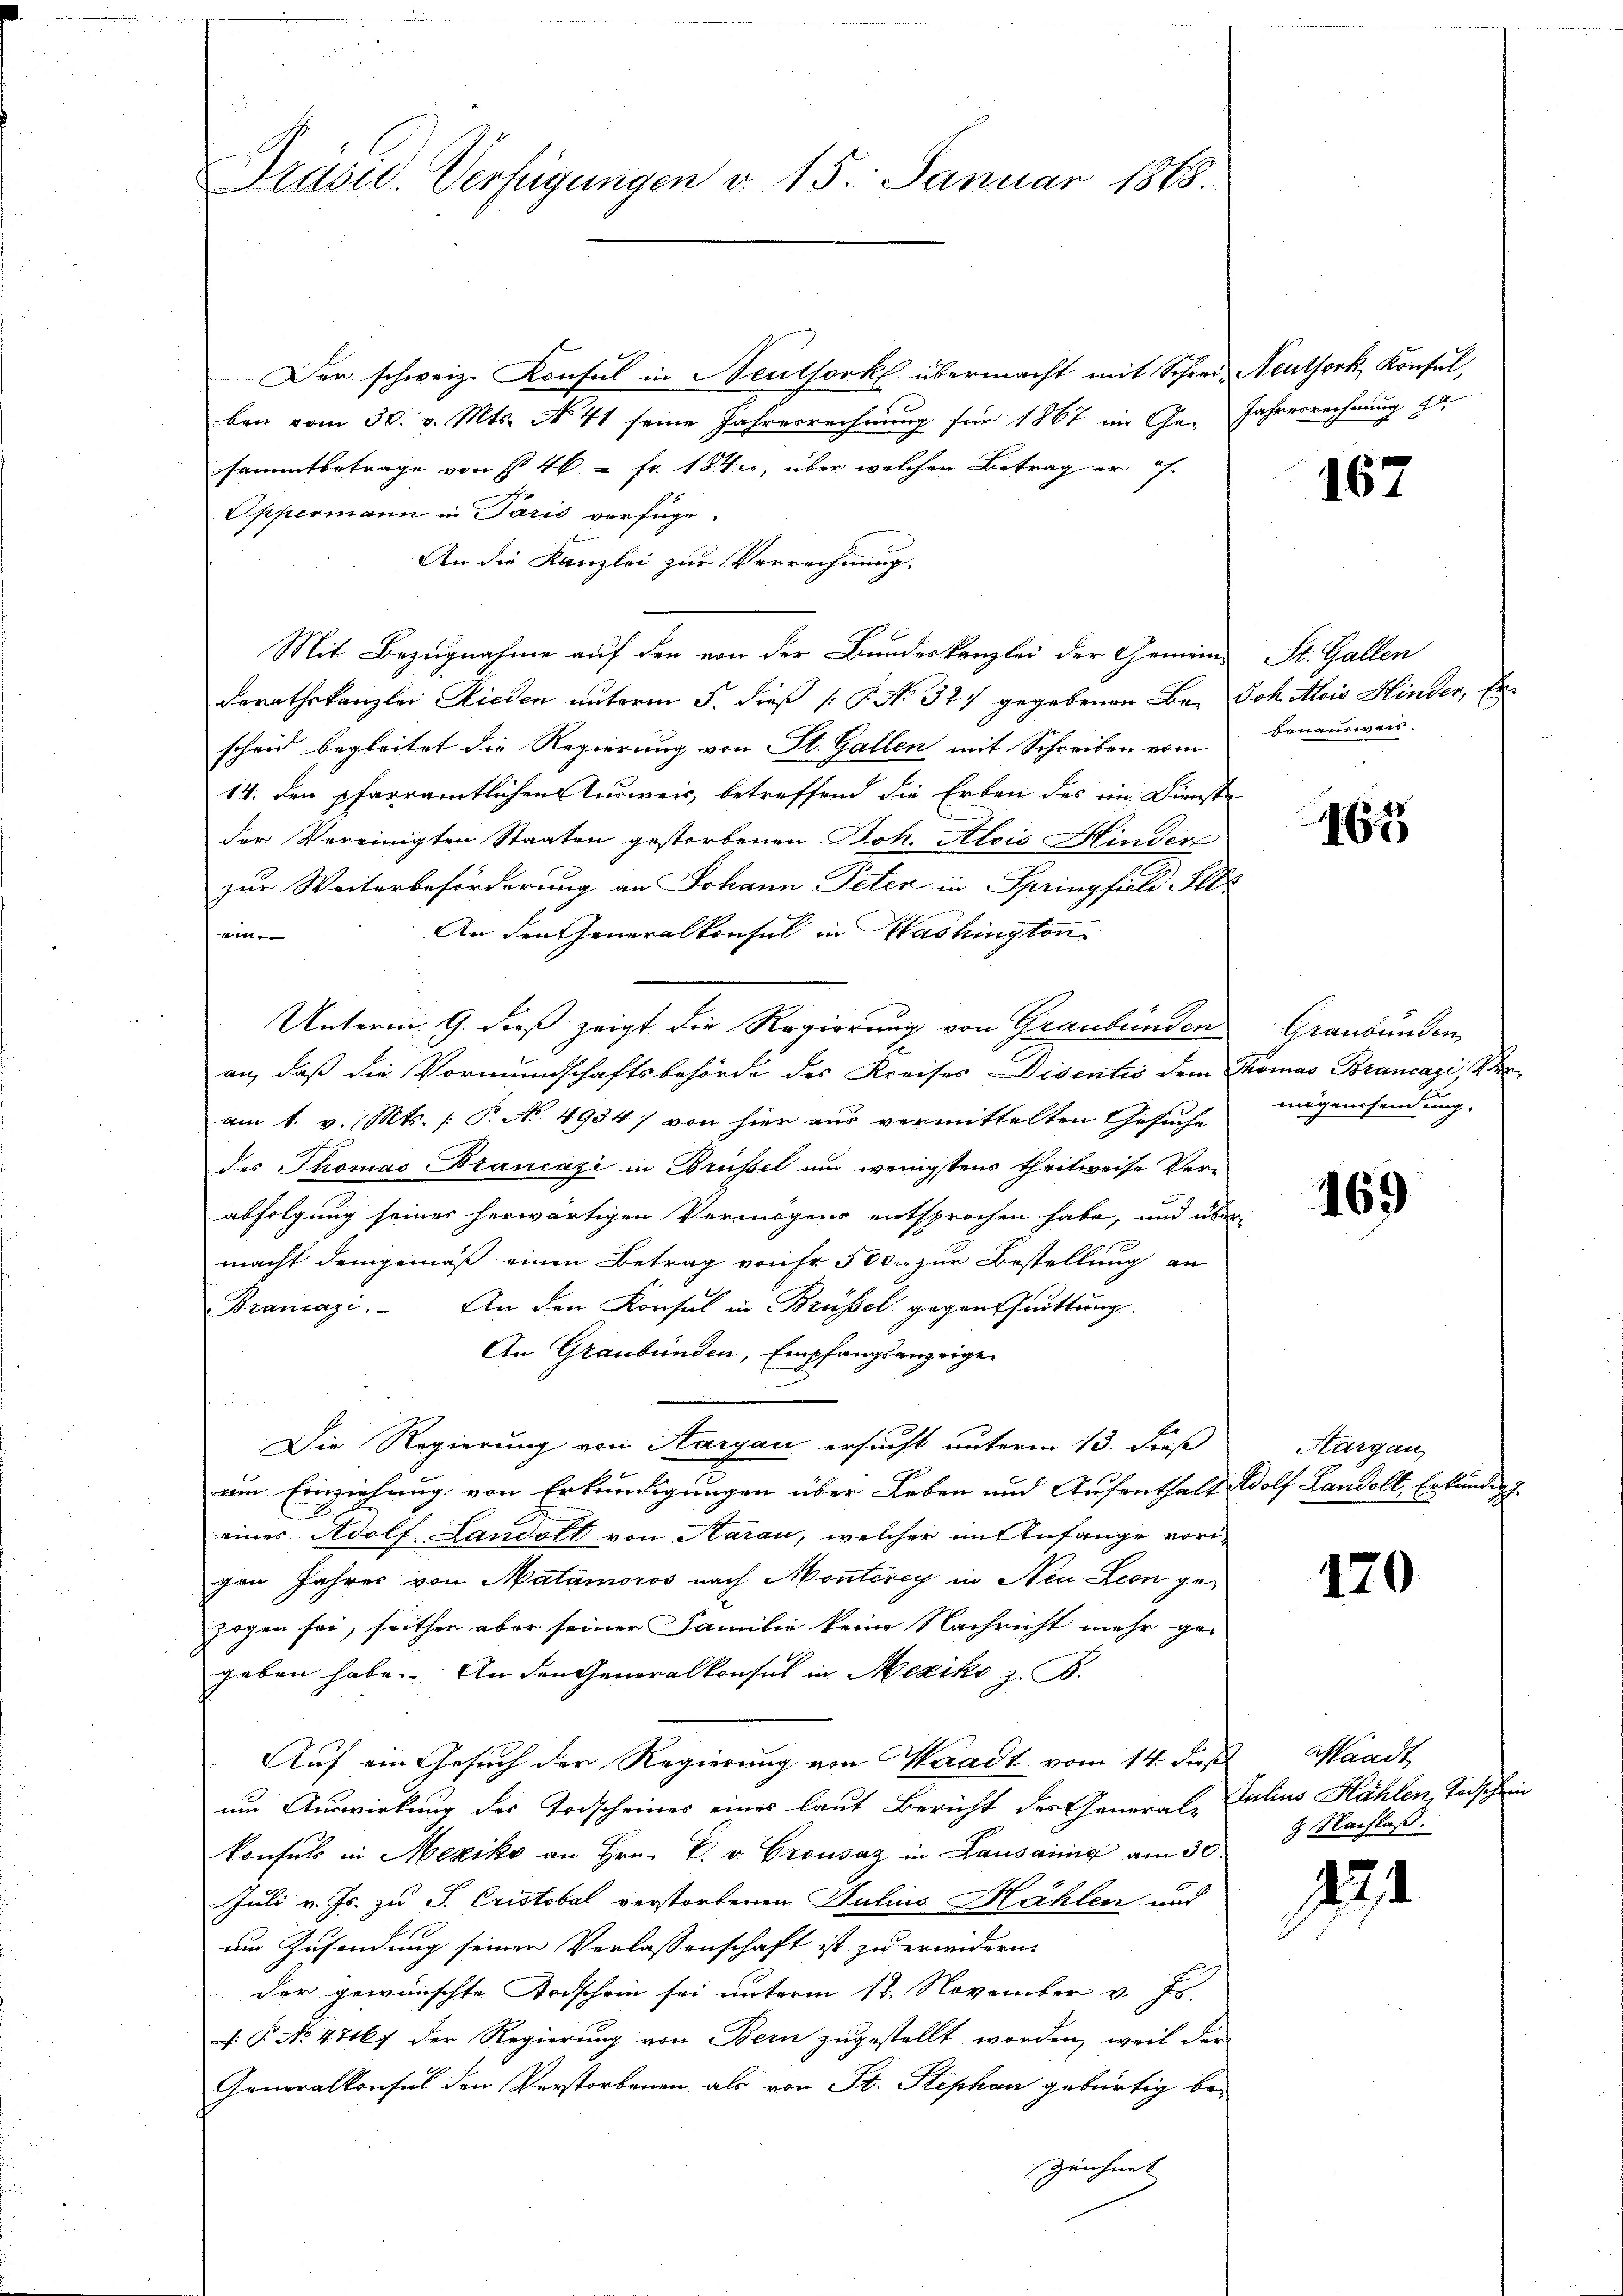
Präsid. Verfügungen v. 15. Januar 1888.

Der schweiz. Konsul in Neuthorkl. übermacht mit Schrei Neuthork, Konsul,
ben vom 30. v. Mts. No 41 seine Jahresrechnung für 1867 im Ge- Jahresrechnung 2
sammtbetrage von § 4 = Fr. 184, über welchen Betrag er h.
Oppermann in Paris verfüge.
An die Kanzlei zur Verrechnung,
Mit Bezugnahme auf den von der Bundeskanzlei der Gemein St. Gallen
derathskanzlei Rieden unterm 5. dieß P. No 32) gegebenen Bei Joh Alois Hinder, Erscheid begleitet die Regierung von St. Gallen mit Schreiben vom
14. den pfarramtlichen Ausweis, betreffend die Erben des ein Dienste
der Vereinigten Staaten gestorbenen Joh. Alois Hinder
zur Weiterbeförderung an Johann Peter in Springfeld Alts
An den Generalkonsul in Washington
ein
Unterm 9. dieß zeigt die Regierung von Graubünden
an, daß die Vormundschaftsbehörde des Kreises Disentis dem Thomas Brancazi, Veram 1. v. Mts. (T. No. 4934/ von hier aus vermittelten Gesuche
des Thomas Brancazi in Brüssel um wenigstens theilweise Ver-
abfolgung seines herwärtigen Vermögens entsprochen habe, und über-
macht demgemäß einen Betrag von Fr. 500. zur Bestellung an
Bramazi. An den Konsul in Brüssel gegenschrittung.
An Graubünden, Empfangsanzeige
n
Die Regierung von Aargau ersucht unterm 13. dieß
ein Einziehung von Erkundigungen über Leben und Aufenthalt Wolf Landolt, Erkundig.
eines Adolf Landolt von Aarau, welcher im Anfange vorigen Jahres von Matamoros nach Monterey in Neu Leon gezogen sei, seither aber seiner Familie keine Nachricht mehr ge-
geben habe. An den Generalkonsul in Mexiko z. B.
Auf ein Gesuch der Regierung von Waadt vom 14. dieß Waadt
um Auswirkung des Todscheines eines laut Bericht des General- Julius Hählen, Todschein
konsuls in Mexiko an Hrn. F. v. Crousaz in Lausannig am 30. 8. Nachlaβ.
Juli v. Js. zu J. Cristobel verstorbenen Julius Hählen und
um Zusendung seiner Verlassenschaft ist zu erwidern.
der gewünschte Todschein sei unterm 12. November v. Js.
F. P. No 47167 der Regierung von Bern zugestellt worden, weil der
Generalkonsul den Verstorbenen als von St. Stephan gebürtig be-
Zeichnet |

167

benausweis.

167

Graubünden
mögenssendung.

169

Aargau

170

294.